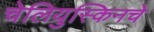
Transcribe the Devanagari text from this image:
चेलियुस्किनचे